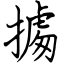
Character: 㩀